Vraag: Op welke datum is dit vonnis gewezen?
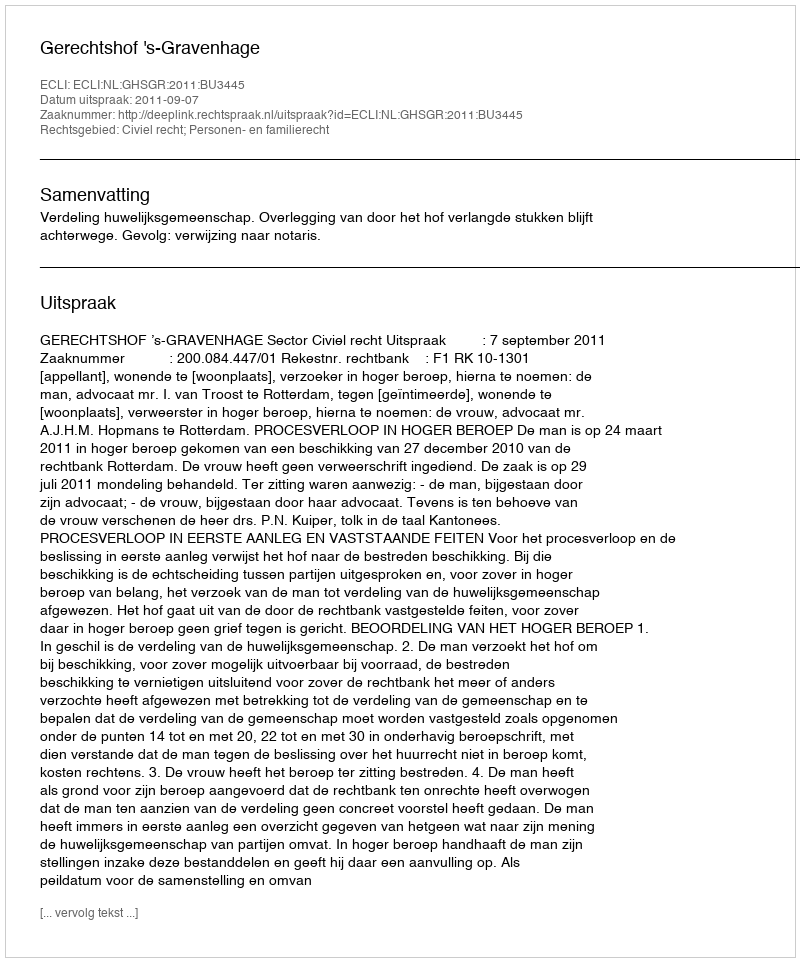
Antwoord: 2011-09-07